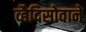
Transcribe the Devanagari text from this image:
व्हैदिसोवाने